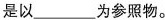
是以___为参照物。